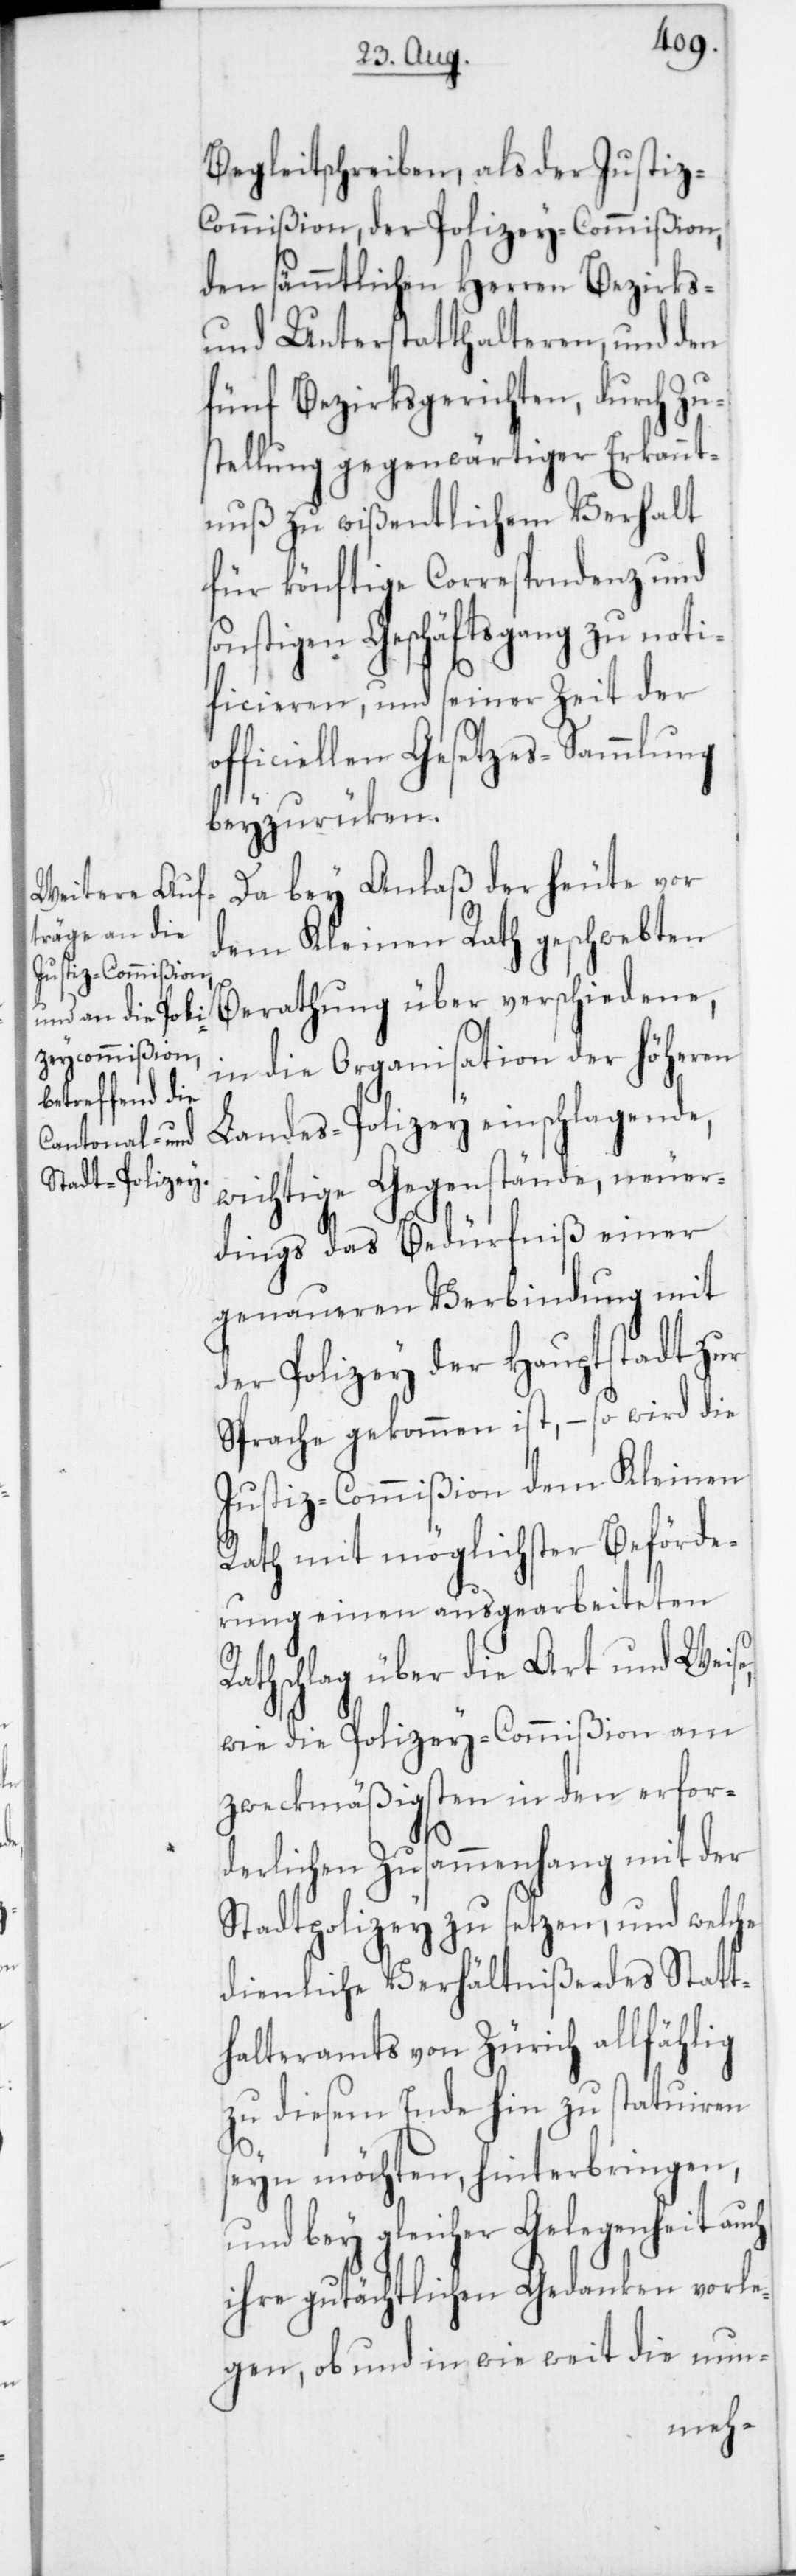
und Poli¬
zey-Commißion,

Begleitschreiben, als der Justiz-
den sämmtlichen Herren Bezirks-
und Unterstatthalteren, und den
fünf Bezirksgerichten, durch Zus¬
tellung gegenwärtiger Erkannt¬
nuß zu wißentlichem Verhalt
für künftige Correspondenz und
nstigen Geschäftsgang zu noti¬
ficieren, und seiner Zeit der
officiellen Gesetzes-Sammlung
beyzurüken.
Da bey Anlaß der heute vor
dem Kleinen Rath geschwebten
Berathung über verschiedene,
in die Organisation der höheren
Landes-Polizey einschlagende
wichtige Gegenstände, neuer¬
dings das Bedürfniß einer
genaueren Verbindung mit
der Polizey der Hauptstadt zur
Sprache gekommen ist, – so wird die
Justiz-Commißion dem Kleinen
Rath mit möglichster Beförde¬
rung einen ausgearbeiteten
Rathschlag über die Art und Weise,
wie die Polizey-Commißion am
zweckmäßigsten in den erfor¬
derlichen Zusammenhang
Stadtpolizey zu setzen, und wel¬
dienliche Verhältniße des Statt¬
halteramts von Zürich allfählig
zu diesem Ende hin zu statuiren
seyn möchten, hinterbringen,
und bey gleicher Gelegenheit auch
ihre gutächtlichen Gedanken vorle¬
gen, ob und in wie weit die nun-
che